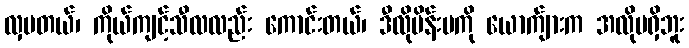
လှပတယ်၊ ကိုယ်ကျင့်သီလလည်း ကောင်းတယ်၊ ဒီလိုမိန်းမကို ယောက်ျားက အလိုမရှိဘူး